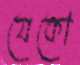
যেকো